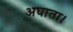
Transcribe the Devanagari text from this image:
अघाता।